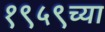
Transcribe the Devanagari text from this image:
१९५९च्या